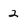
Character: 2